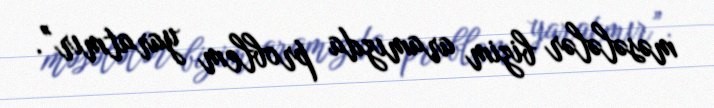
məsələlər bizim aramızda problem yaratmır”.